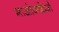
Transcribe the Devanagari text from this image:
माओवादिओं